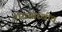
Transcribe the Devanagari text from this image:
नारासारखीच